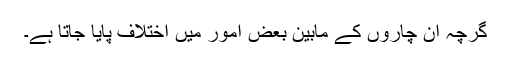
گرچہ ان چاروں کے مابین بعض امور میں اختلاف پایا جاتا ہے۔